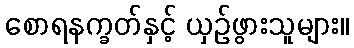
စောရနက္ခတ်နှင့် ယှဉ်ဖွားသူများ။